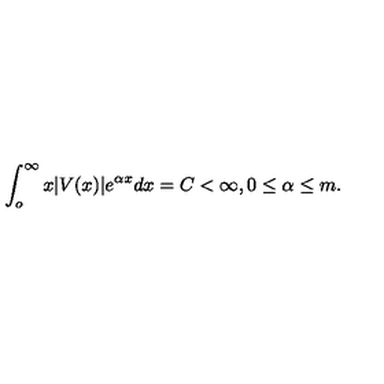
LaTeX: \int _ { o } ^ { \infty } x | V ( x ) | e ^ { \alpha x } d x = C < \infty , 0 \leq \alpha \leq m .